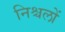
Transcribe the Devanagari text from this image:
निश्चलों